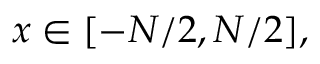
x \in [ - N / 2 , N / 2 ] ,